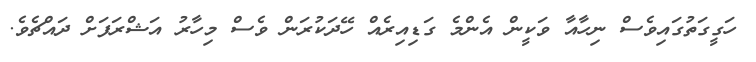
ހަގީގަތުގައިވެސް ނިހާއާ ވަކީން އެންމެ ގަޑިއިރެއް ހޭދަކުރަން ވެސް މިހާރު އަޝްރަފަށް ދައްޗެވެ.